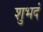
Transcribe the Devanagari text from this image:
शुभदं